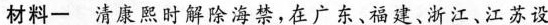
材料一 清康熙时解除海禁，在广东、福建、浙江、江苏设